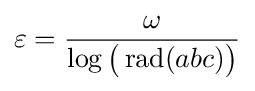
\varepsilon ={\frac {\omega }{\log {\big (}\operatorname {rad} (abc){\big )}}}